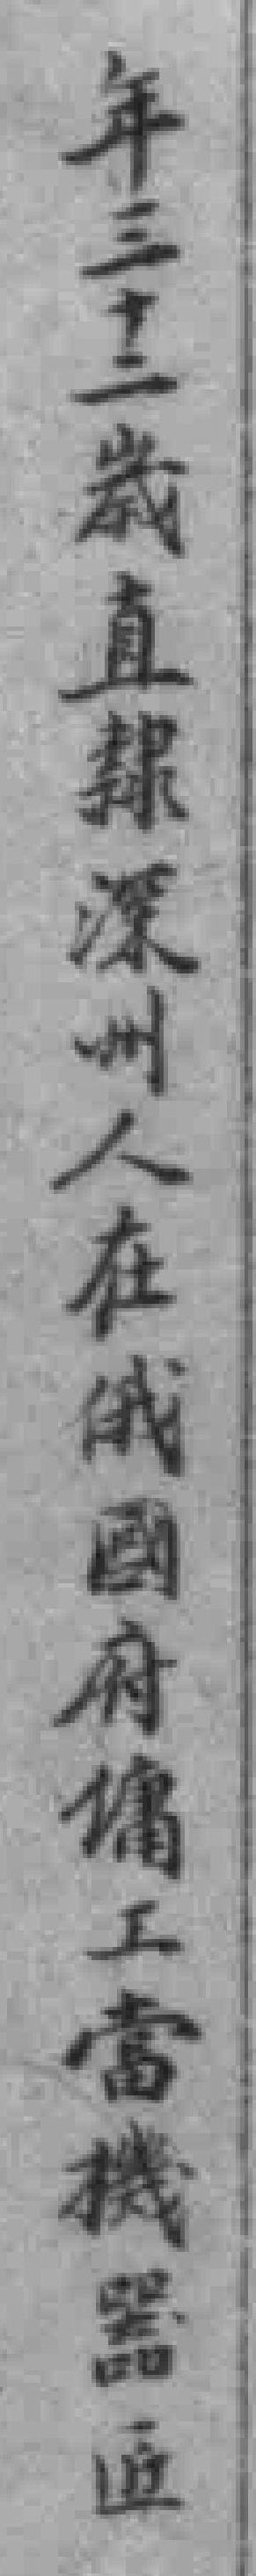
年三十二歲直隸深州人在俄國府傭工當機器匠